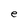
Character: e